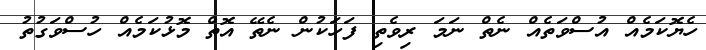
ހެޔޮކަމެއް އުސްވަތެއް ނެތް ނަމަ ރިވެތި ފަހަކުން ނެތޭ އޮތް މޮޅުކަމެއް ހުސްވަގުތު